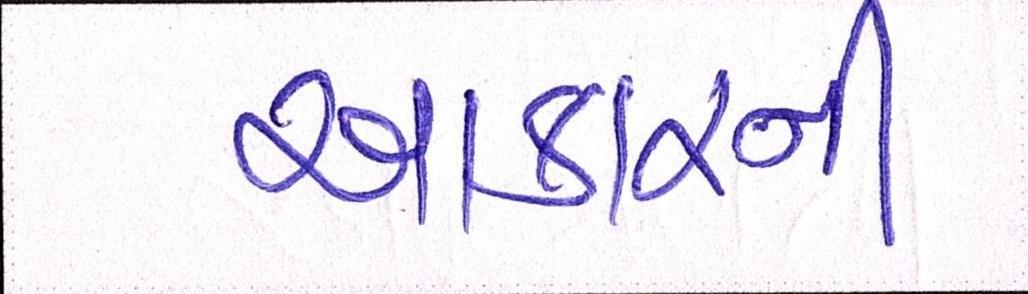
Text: આકારની